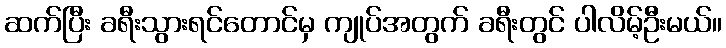
ဆက်ပြီး ခရီးသွားရင်တောင်မှ ကျုပ်အတွက် ခရီးတွင် ပါလိမ့်ဦးမယ်။